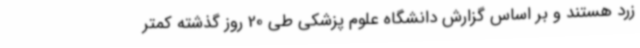
زرد هستند و بر اساس گزارش دانشگاه علوم پزشکی طی 20 روز گذشته کمتر